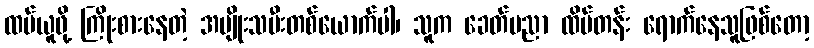
ထပ်ယူဖို့ ကြိုးစားနေတဲ့ အမျိုးသမီးတစ်ယောက်ပါ၊ သူက ခေတ်ပညာ ထိပ်တန်း ရောက်နေသူဖြစ်တော့